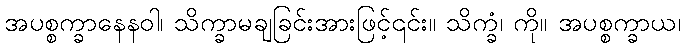
အပစ္စက္ခာနေနဝါ၊ သိက္ခာမချခြင်းအားဖြင့်၎င်း။ သိက္ခံ၊ ကို။ အပစ္စက္ခာယ၊